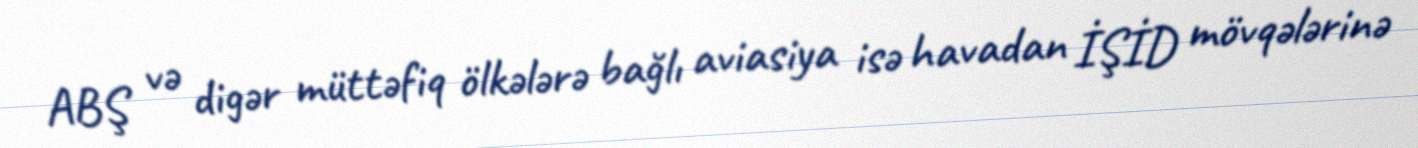
ABŞ və digər müttəfiq ölkələrə bağlı aviasiya isə havadan İŞİD mövqələrinə